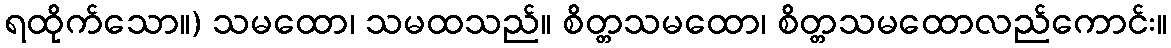
ရထိုက်သော။) သမထော၊ သမထသည်။ စိတ္တသမထော၊ စိတ္တသမထောလည်ကောင်း။